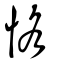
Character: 恪